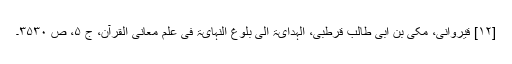
[۱۲] قیروانی، مکی بن ابی طالب قرطبی، الہدایۃ الی بلوغ النہایۃ فی علم معانی القرآن، ج ۵، ص ۳۵۳۰۔